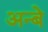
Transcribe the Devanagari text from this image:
अन्बे